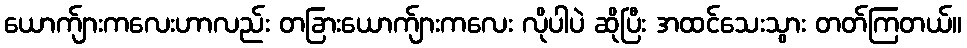
ယောက်ျားကလေးဟာလည်း တခြားယောက်ျားကလေး လိုပါပဲ ဆိုပြီး အထင်သေးသွား တတ်ကြတယ်။